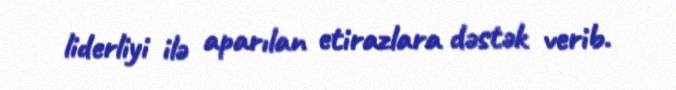
liderliyi ilə aparılan etirazlara dəstək verib.